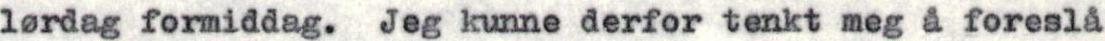
l rdag formiddag. Jeg kunne derfor tenkt meg å foreslå